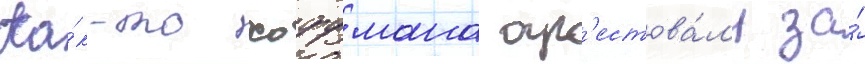
Ка́к-то хоффмана ар'естова́л'и за́